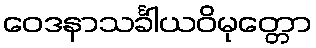
ဝေဒနာသင်္ခါယဝိမုတ္တော